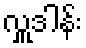
လှူဒါန်း